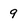
Character: 9